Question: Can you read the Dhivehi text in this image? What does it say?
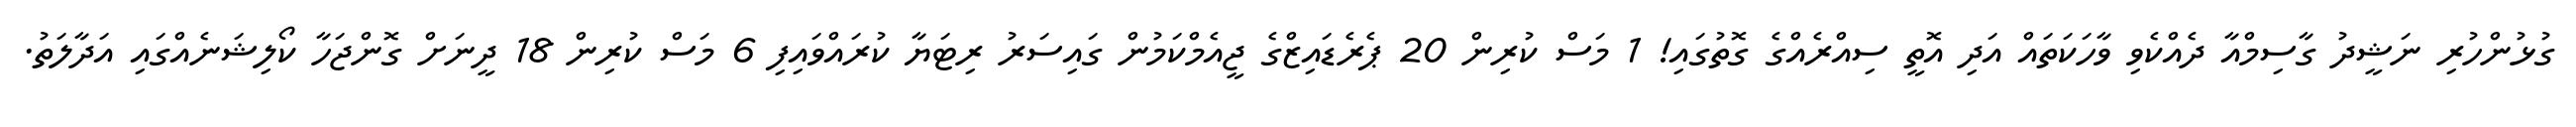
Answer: ގުޅުންހުރި ނަޝީދު ގާސިމްއާ ދެއްކެވި ވާހަކަތައް އަދި އޮތީ ސިއްރެއްގެ ގޮތުގައި! 1 މަސް ކުރިން 20 ޕެރެޑައިޒްގެ ޖީއެމްކަމުން ގައިސަރު ރިޓަޔާ ކުރައްވައިފި 6 މަސް ކުރިން 18 ދީނަށް ގޮންޖަހާ ކޯލިޝަނެއްގައި އަދާލަތު.